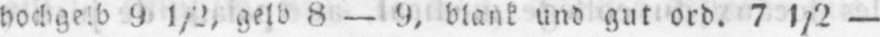
hochgelb 9 1/2, gelb 8 - 9, blank und gut ord. 7 1/2 -